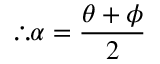
\therefore \alpha = { \frac { \theta + \phi } { 2 } }